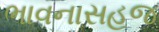
ભાવનાસહજ